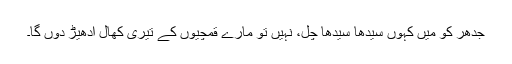
جدھر کو میں کہوں سیدھا سیدھا چل، نہیں تو مارے قمچیوں کے تیری کھال اُدھیڑ دوں گا۔